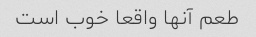
طعم آنها واقعا خوب است